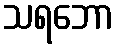
သရဘော